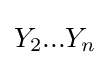
Y_{2}...Y_{n}